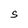
Character: S